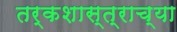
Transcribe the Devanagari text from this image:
तर्कशास्त्राच्या